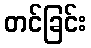
တင်ခြင်း